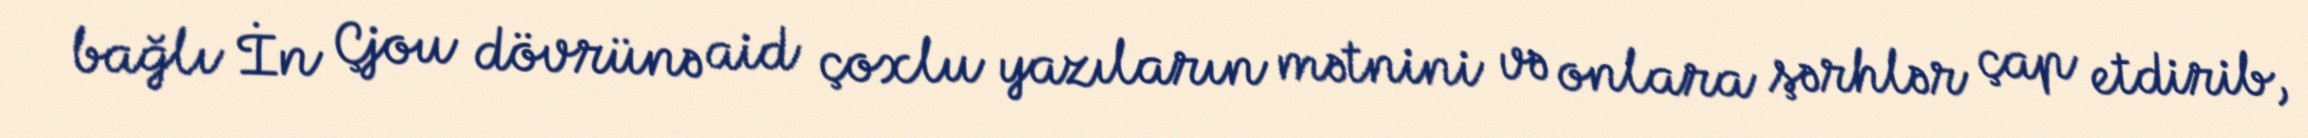
bağlı İn Çjou dövrünə aid çoxlu yazıların mətnini və onlara şərhlər çap etdirib,